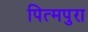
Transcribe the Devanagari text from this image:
पित्मपुरा